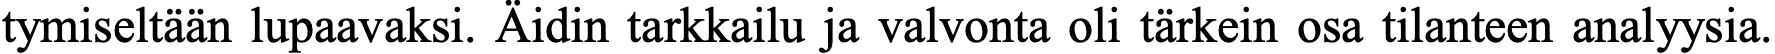
tymiseltään lupaavaksi. Äidin tarkkailu ja valvonta oli tärkein osa tilanteen analyysia.